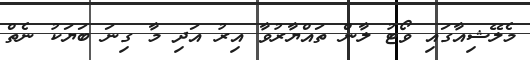
މެލޭޝިއާގައި ވޯޓު ލާން ތައްޔާރުވާ އިރު އަދި މާ ގިނަ ބަޔަކު ނެތް